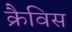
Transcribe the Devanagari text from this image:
क्रैविस